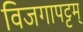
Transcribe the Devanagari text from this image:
विजगापट्टम्